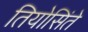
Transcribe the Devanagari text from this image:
तियोसिंते